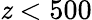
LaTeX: \mathit{z}<500